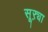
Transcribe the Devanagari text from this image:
सूऱ्या